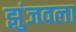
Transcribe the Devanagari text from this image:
झुंजवला